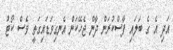
އަދި އެ ގެ ބަލައި ފާސްކުރަން ދާން ޖެހޭކަން އެނގިވަޑައިގަތީ ވެސް ކޯޓު